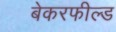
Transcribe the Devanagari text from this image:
बेकरफील्ड